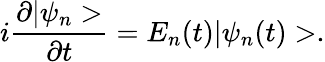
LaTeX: i\frac{\partial|\psi_{n}>}{\partial t}=E_{n}(t)|\psi_{n}(t)>.